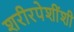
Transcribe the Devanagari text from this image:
शरीरपेशींशी